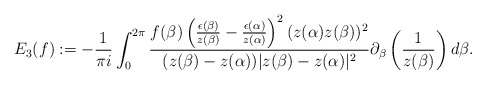
\begin{align*}E_{3}(f):=-\frac{1}{\pi i}\int_{0}^{2\pi}\frac{f(\beta)\left(\frac{\epsilon(\beta)}{z(\beta)}-\frac{\epsilon(\alpha)}{z(\alpha)}\right)^{2}(z(\alpha)z(\beta))^{2}}{(z(\beta)-z(\alpha))|z(\beta)-z(\alpha)|^{2}}\partial_{\beta}\left(\frac{1}{z(\beta)}\right)d\beta.\end{align*}